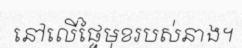
នៅលើផ្ទៃមុខរបស់នាង។